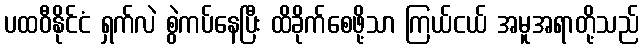
ပထဝီနိုင်ငံ ရှက်လဲ စွဲကပ်နေပြီး ထိခိုက်စေဖို့သာ ကြယ်ငယ် အမူအရာတို့သည်